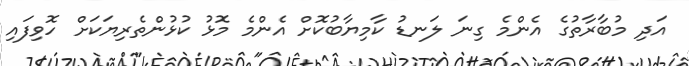
އަދި މުބާރާތުގެ އެންމެ ގިނަ ލަނޑު ކާމިޔާބުކޮށް އެންމެ މޮޅު ކުޅުންތެރިޔަކަށް ހޮވިފައި